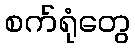
စက်ရုံတွေ